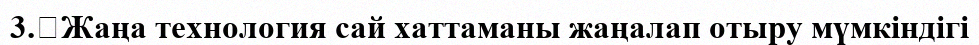
3.	Жаңа технология сай хаттаманы жаңалап отыру мүмкіндігі